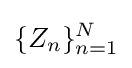
{\{Z_{n}\}_{n=1}^{N}}